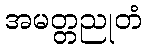
အမတ္တညုတံ